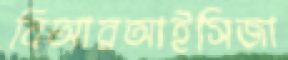
বিআরআইসিজা